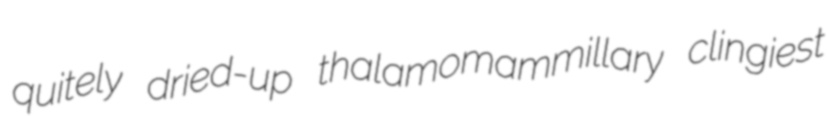
quitely dried-up thalamomammillary clingiest